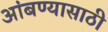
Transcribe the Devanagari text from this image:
आंबण्यासाठी